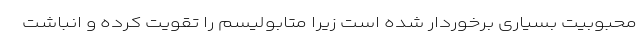
محبوبیت بسیاری برخوردار شده است زیرا متابولیسم را تقویت کرده و انباشت